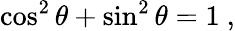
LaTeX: \cos^{2}\theta+\sin^{2}\theta=1\ ,